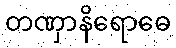
တဏှာနိရောဓေ